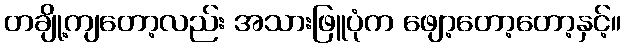
တချို့ကျတော့လည်း အသားဖြူပုံက ဖျော့တော့တော့နှင့်။